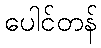
ပေါင်တန်